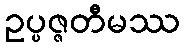
ဥပ္ပဇ္ဇတီမဿ